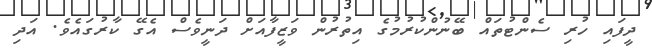
ދީފައި ހުރި ސެންޓުތައް ބޭނުންކުރުމުގެ އިތުރުން ވަޒީފާއަށް ދަނީވެސް އެގޭ ކާރުގައެވެ. އަދި